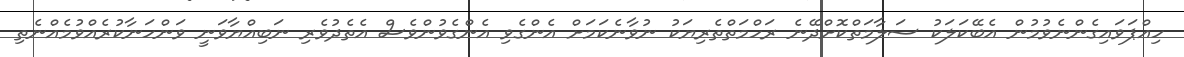
ހިއްޕަވައިގެންނެވުމުން އެބޭކަލަކު ސަލާމަތްކޮށްދޭނެ ރަހްމަތްތެރިޔަކު ނުވާނެކަމަށް އެންގެވި އެންގެވުންވެސް އެތެދުވެރި ނަބިއްޔާވަނީ ވަންހަނާކުރެއްވުމެއްނެތި